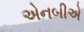
એનબીએ